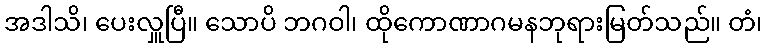
အဒါသိ၊ ပေးလှူပြီ။ သောပိ ဘဂဝါ၊ ထိုကောဏာဂမနဘုရားမြတ်သည်။ တံ၊